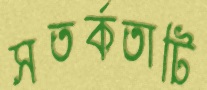
সতর্কতাটি